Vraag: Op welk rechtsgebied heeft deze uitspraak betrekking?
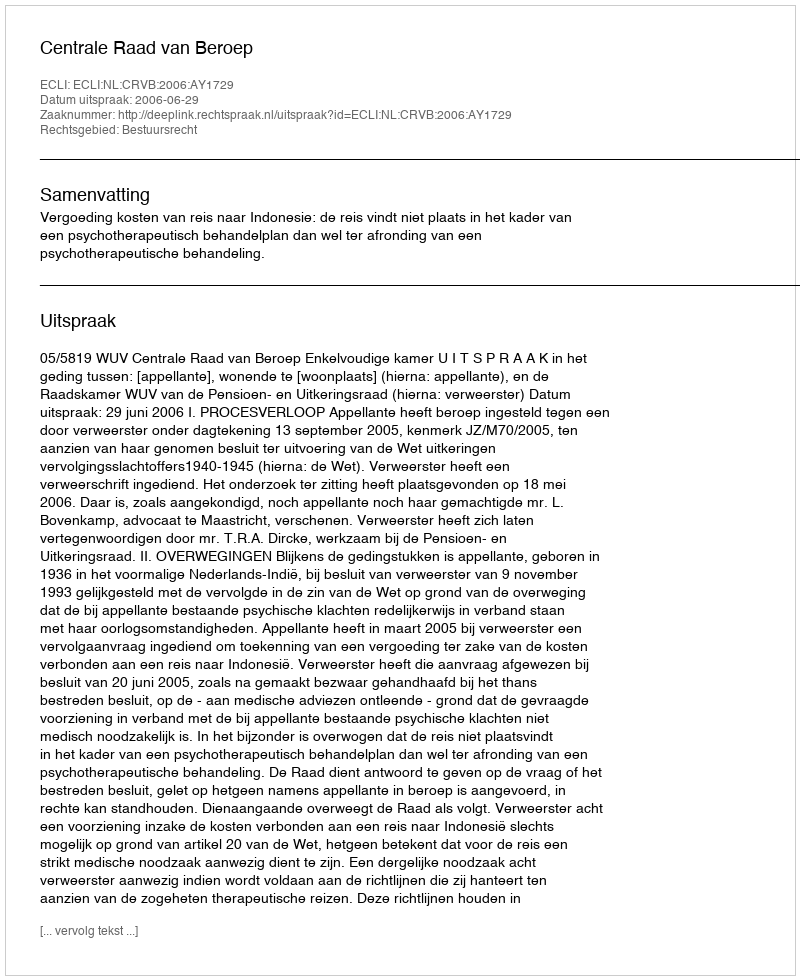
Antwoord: Bestuursrecht